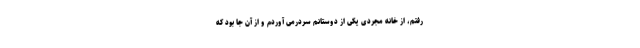
رفتم، از خانه مجردی یکی از دوستانم سردرمی آوردم و از آن جا بود که